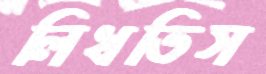
লিখতিস